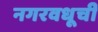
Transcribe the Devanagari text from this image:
नगरवधूची